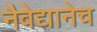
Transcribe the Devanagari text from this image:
नैवेद्यानेच